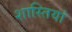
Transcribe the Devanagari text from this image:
शास्तियां